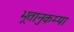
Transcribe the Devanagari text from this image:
भूतानुकम्पा